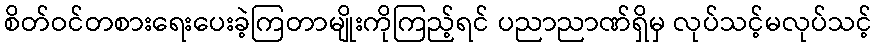
စိတ်ဝင်တစားရေးပေးခဲ့ကြတာမျိုးကိုကြည့်ရင် ပညာညာဏ်ရှိမှ လုပ်သင့်မလုပ်သင့်